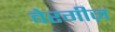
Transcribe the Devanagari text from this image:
वेरगीज़